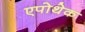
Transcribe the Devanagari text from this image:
एपोथेक